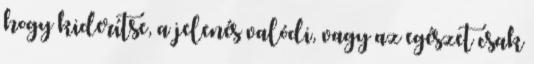
hogy kiderítse, a jelenés valódi, vagy az egészet csak